Tezpur Lunatic Asylum reports 1895-1904 - 1895-1904
Year: 1895
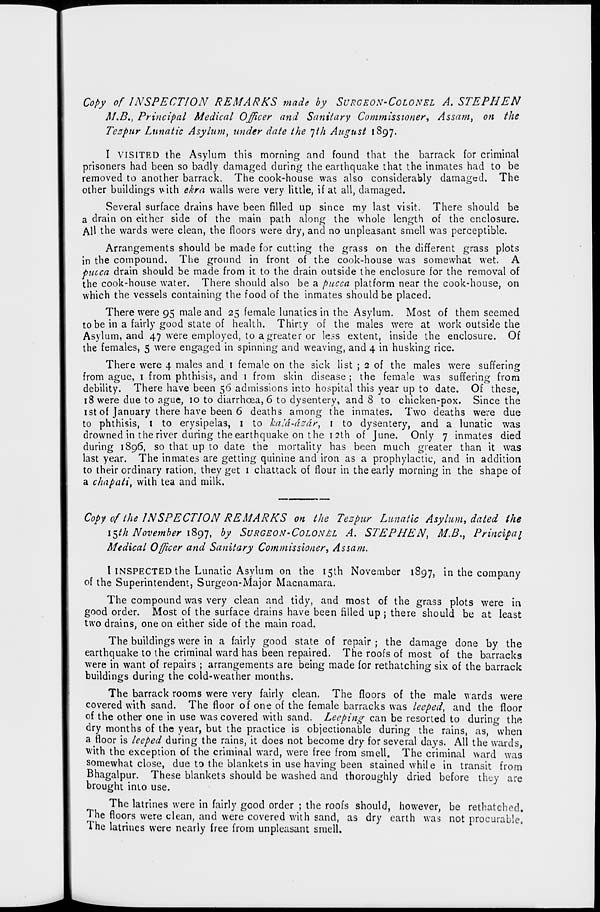
Copy of INSPECTION REMARKS made by SURGEON-COLONEL A. STEPHEN
M.B., Principal Medical Officer and Sanitary Commissioner, Assat?i } on the
Tespur Lunatic Asylum, under date the *]th August 1897.
I VISITED the Asylum this morning and found that the barrack for criminal
prisoners had been so badly damaged during the earthquake that the inmates had to be
removed to another barrack. The cook-house was also considerably damaged. The
other buildings with ekra walls were very little, if at all, damaged.
Several surface drains have been filled up since my last visit. There should be
a drain on either side of the main path along the whole length of the enclosure.
All the wards were clean, the floors were dry, and no unpleasant smell was perceptible.
Arrangements should be made for cutting the grass on the different grass plots
in the compound. The ground in front of the cook-house was somewhat wet. A
pucca drain should be made from it to the drain outside the enclosure for the removal of
the cook-house water. There should also be a pucca platform near the cook-house, on
which the vessels containing the food of the inmates should be placed.
There were 95 male and 25 female lunatics in the Asylum. Most of them seemed
to be in a fairly good state of health. Thirty of the males were at work outside the
Asylum, and 47 were employed, to a greater or le>s extent, inside the enclosure. Of
the females, 5 were engaged in spinning and weaving, and 4 in husking rice.
There were 4 males and 1 female on the sick list ; 2 of the males were suffering
from ague, 1 from phthisis, and 1 from skin disease ; the female was suffering from
debility. There have been 56 admissions into hospital this year up to date. Of these,
18 were due to ague, 10 to diarrhoea, 6 to dysentery, and 8 to chicken-pox. Since the
1st of January there have been 6 deaths among the inmates. Two deaths were due
to phthisis, 1 to erysipelas, 1 to hald-dsdr, 1 to dysentery, and a lunatic was
drowned in the river during the earthquake on the 12th of June. Only 7 inmates died
during 1896, so that up to date the mortality has been much greater than it was
last year. The inmates are getting quinine and iron as a prophylactic, and in addition
to their ordinary ration, they get 1 chattack of flour in the early morning in the shape of
a chapati, with tea and milk.
Copy of the INSPECTION REMARKS on the Tespur Lunatic Asylum, dated the
\$th November 1897, by SURGEON-COLON 111 A. STEPHEN, M.B., Principal
Medical Officer and Sanitary Commissioner, Assam.
I INSPECTED the Lunatic Asylum on the 15th November 1897, in the company
of the Superintendent, Surgeon-Major Macnamara.
The compound was very clean and tidy, and most of the grass plots were in
good order. Most of the surface drains have been filled up ; there should be at least
two drains, one on either side of the main road.
The buildings were in a fairly good state of repair ; the damage done by the
earthquake to the criminal ward has been repaired. The roofs of most of the barracks
were in want of repairs ; arrangements are being made for rethatching six of the barrack
buildings during the cold-weather months.
The barrack rooms were very fairly clean. The floors of the male wards were
covered with sand. The floor of one of the female barracks was leeped, and the floor
of the other one in use was covered with sand. Lecping can be resorted to during the
dry months of the year, but the practice is objectionable during the rains, as, when
a floor is leeped during the rains, it does not become dry for several days. All the wards,
with the exception of the criminal ward, were free from smell. The criminal ward was
somewhat close, due to the blankets in use having been stained while in transit from
Bhagalpur. These blankets should be washed and thoroughly dried before they are
brought into use.
The latrines were in fairly good order ; the roofs should, however, be rethatched.
The floors were clean, and were covered with sand, as dry earth was not procurable,
A he latrines were nearly free from unpleasant smell.